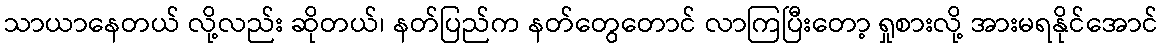
သာယာနေတယ် လို့လည်း ဆိုတယ်၊ နတ်ပြည်က နတ်တွေတောင် လာကြပြီးတော့ ရှုစားလို့ အားမရနိုင်အောင်